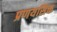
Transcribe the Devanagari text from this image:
प्रणयसिक्त